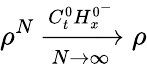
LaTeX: \rho^{N}\xrightarrow[N\rightarrow\infty]{C_{t}^{0}H_{x}^{0^{-}}}\rho